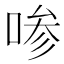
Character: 𰇼